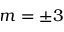
m = \pm 3